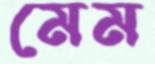
মেম